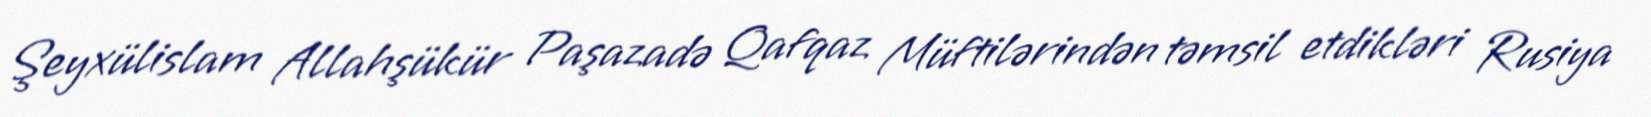
Şeyxülislam Allahşükür Paşazadə Qafqaz Müftilərindən təmsil etdikləri Rusiya